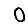
Digit: 0